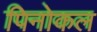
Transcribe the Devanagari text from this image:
पिनोकल